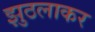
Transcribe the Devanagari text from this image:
झुठलाकर